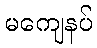
မကျေနပ်